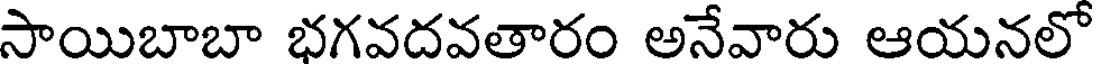
సాయిబాబా భగవదవతారం అనేవారు ఆయనలో